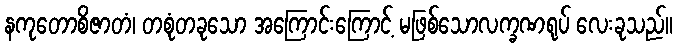
နကုတောစိဇာတံ၊ တစုံတခုသော အကြောင်းကြောင့် မဖြစ်သောလက္ခဏရုပ် လေးခုသည်။